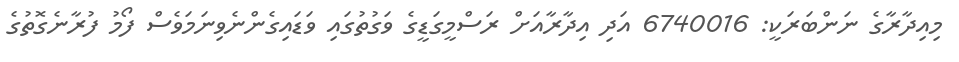
މިއިދާރާގެ ނަންބަރަކީ: 6740016 އަދި އިދާރާއަށް ރަސްމީގަޑީގެ ވަގުތުގައި ވަޑައިގެންނެވިނަމަވެސް ފޯމު ފުރާނެގޮތުގެ